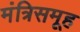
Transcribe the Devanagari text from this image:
मंत्रिसमूह